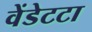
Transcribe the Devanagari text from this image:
वेंडेटटा